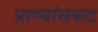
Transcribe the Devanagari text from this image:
प्राण्यांसकट